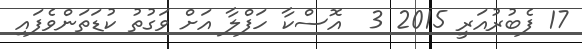
17 ފެބުރުއަރީ 2015 3  އޮސްކާ ހަފްލާ އަށް ވަގުތު ކުޑަތަންވެފައި